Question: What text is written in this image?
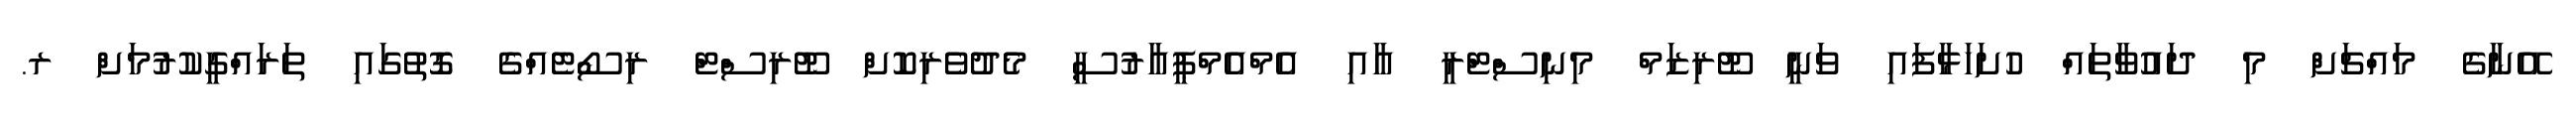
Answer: އޭނާގެ މައްޗަށް މި ދައުވާތައް ހުށަހަޅާފައި ވަނީ ޓޫރިޒަމް މިނިސްޓްރީ އާއި އެމްއެމްޕީއާރުސީ މެދުވެރިކޮށް ޓޫރިސްޓް ރިސޯޓެއްގެ ގޮތުގައި ތަރައްގީކުރުމަށް ރ.